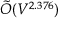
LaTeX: { \tilde { O } } ( V ^ { 2 . 3 7 6 } )